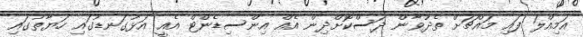
އަމިއްލަ ފައި މައްޗަށް ތެދުވާން ދަސްކޮށްދިން އެއް އިންސިޑެންޓް އެއީ އަޅުގަނޑުގައި ހަޔާތުގައި